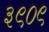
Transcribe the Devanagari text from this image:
३९०९